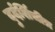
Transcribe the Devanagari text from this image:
दुर्दर्शिचीत्र